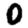
Digit: 0